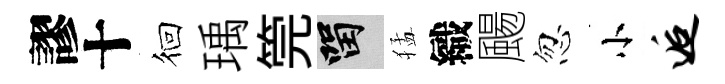
謬十徊瑀筦留猛織颺忽小逅